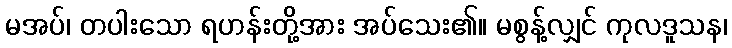
မအပ်၊ တပါးသော ရဟန်းတို့အား အပ်သေး၏။ မစွန့်လျှင် ကုလဒူသန၊